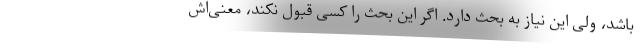
باشد، ولی این نیاز به بحث دارد. اگر این بحث را کسی قبول نکند، معنی‌اش